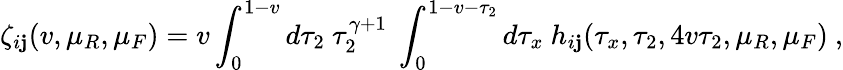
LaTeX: \zeta_{i\mathbf{j}}(v,\mu_{R},\mu_{F})=v\int_{0}^{1-v}d\tau_{2}~\tau_{2}^{\gamma+1}~\int_{0}^{1-v-\tau_{2}}d\tau_{x}~h_{i\mathbf{j}}(\tau_{x},\tau_{2},4v\tau_{2},\mu_{R},\mu_{F})~,